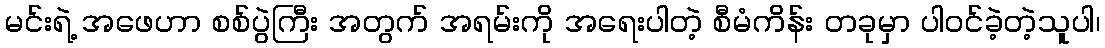
မင်းရဲ့ အဖေဟာ စစ်ပွဲကြီး အတွက် အရမ်းကို အရေးပါတဲ့ စီမံကိန်း တခုမှာ ပါဝင်ခဲ့တဲ့သူပါ၊